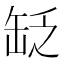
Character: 䍇